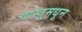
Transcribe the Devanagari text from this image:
वास्तूमधून